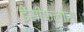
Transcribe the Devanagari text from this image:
डेंसीफ्लोरा